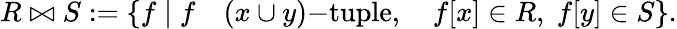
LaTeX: R\bowtie S:=\{ f\mid f\quad(x\cup y){\mathrm{-tuple}},\quad f[x]\in R,\; f[y]\in S\} .